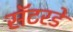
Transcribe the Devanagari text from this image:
सॅटरडे